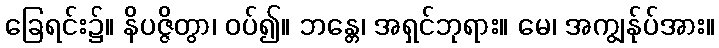
ခြေရင်း၌။ နိပဇ္ဇိတွာ၊ ဝပ်၍။ ဘန္တေ၊ အရှင်ဘုရား။ မေ၊ အကျွန်ုပ်အား။